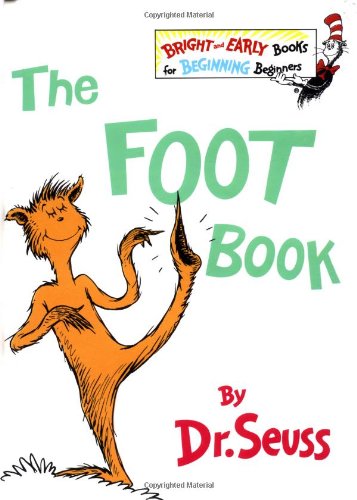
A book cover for The Foot Book (The Bright and Early Books for Beginning Beginners); Dr. Seuss; Children's Books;